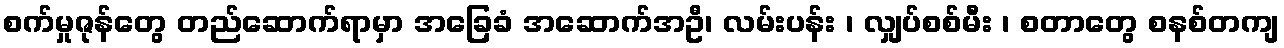
စက်မှုဇုန်တွေ တည်ဆောက်ရာမှာ အခြေခံ အဆောက်အဦ၊ လမ်းပန်း ၊ လျှပ်စစ်မီး ၊ စတာတွေ စနစ်တကျ